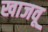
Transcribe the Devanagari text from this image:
खाजवू